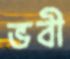
ভবী